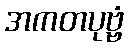
အကတပုဗ္ဗံ